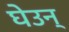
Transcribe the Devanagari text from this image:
घेउन्